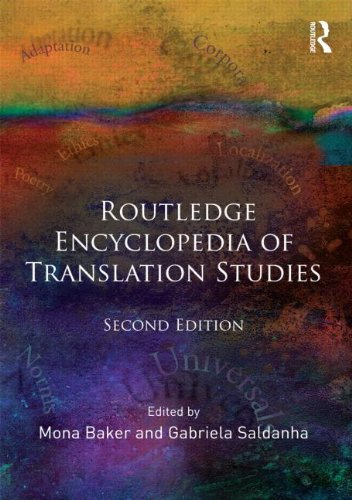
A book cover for Routledge Encyclopedia of Translation Studies; Reference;